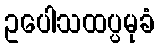
ဥပေါသထပ္ပမုခံ